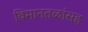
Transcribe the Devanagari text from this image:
विमानतळांसह